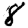
Digit: 8